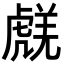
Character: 𧇞